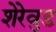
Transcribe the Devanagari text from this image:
शेरेवुड